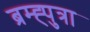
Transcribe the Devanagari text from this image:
ब्रम्ह्पुत्रा